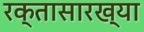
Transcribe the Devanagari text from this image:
रक्तासारख्या